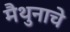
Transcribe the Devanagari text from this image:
मैथुनाचे